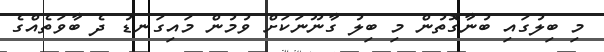
މި ބިލުގައި ބުނާގޮތުން މި ބިލު ގާނޫނަކަށް ވުމުން މައިގަނޑު ދެ ބާވަތެއްގެ